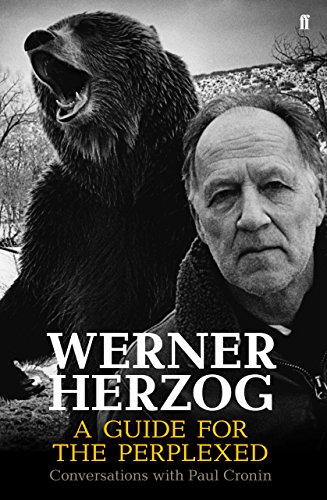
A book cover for Werner Herzog: A Guide for the Perplexed: Conversations with Paul Cronin; Humor & Entertainment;